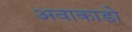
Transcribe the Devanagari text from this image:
अवाकाडो